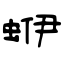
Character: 蛜